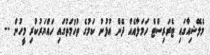
މެލޭޝިއާގައި ޓެރަރިސްޓް ހަމަލާއެއް ދޭން އުޅުނު ކަމުގެ ތުހުމަތުގައި ހައްޔަރުކުރި މީހުން --